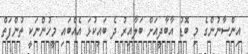
އިންސާނުންގެ މި ބޮޑު އާބާދީއަށް ބަލާއިރު ދެ ބައިކުޅަ އެއްބައި މީހުންނަކީ ތުންފަތް